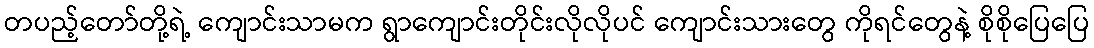
တပည့်တော်တို့ရဲ့ ကျောင်းသာမက ရွာကျောင်းတိုင်းလိုလိုပင် ကျောင်းသားတွေ ကိုရင်တွေနဲ့ စိုစိုပြေပြေ